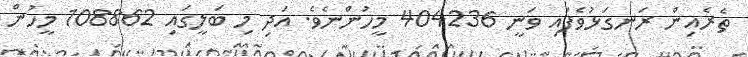
ތެރެއިން ރަނގަޅުވެފައި ވަނީ 404236 މީހުންނެވެ. އަދި މި ބަލީގައި 108862 މީހުން